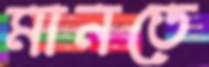
মানতে